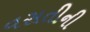
વસતીની